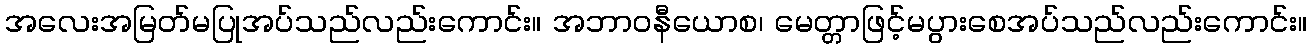
အလေးအမြတ်မပြုအပ်သည်လည်းကောင်း။ အဘာဝနီယောစ၊ မေတ္တာဖြင့်မပွားစေအပ်သည်လည်းကောင်း။